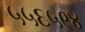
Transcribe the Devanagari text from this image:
५५६५९४